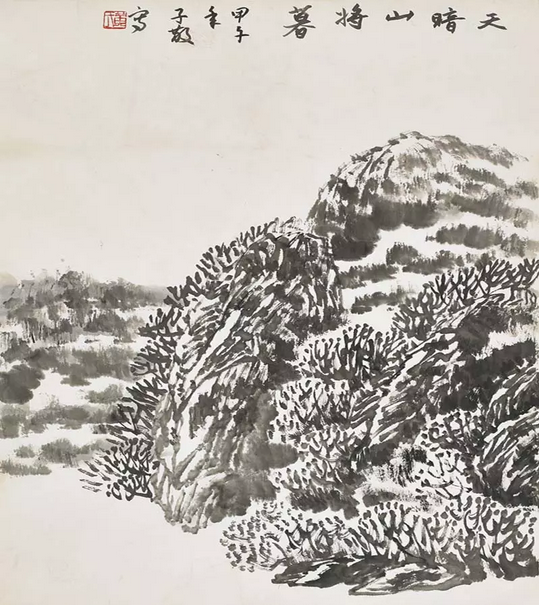
北客翩然，壮心偏感，年华将暮。